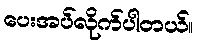
ပေးအပ်လိုက်ပါတယ်။